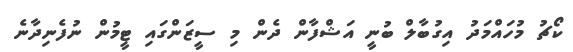
ކޯޗު މުހައްމަދު އިގުބާލް ބުނީ އަޝްފާން ދެން މި ސީޒަންގައި ޓީމުން ނުފެނިދާނެ